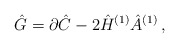
\begin{align*}\hat{G} = \partial\hat{C} -2\hat{H}^{(1)}\hat{A}^{(1)}\, ,\end{align*}